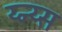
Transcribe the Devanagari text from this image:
य्न्य्स